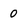
Character: 0